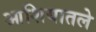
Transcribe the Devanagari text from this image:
आशियातले